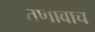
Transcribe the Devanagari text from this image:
तणावाच